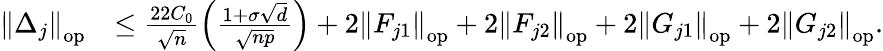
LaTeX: \begin{array}{rl}{\left\| {\Delta_{j}}\right\| _{\mathrm{op}}}&{\leq\frac{22C_{0}}{\sqrt{n}}\left(\frac{1+\sigma\sqrt{d}}{\sqrt{np}}\right)+2\left\| {F_{j1}}\right\| _{\mathrm{op}}+2\left\| {F_{j2}}\right\| _{\mathrm{op}}+2\left\| {G_{j1}}\right\| _{\mathrm{op}}+2\left\| {G_{j2}}\right\| _{\mathrm{op}}.}\end{array}